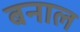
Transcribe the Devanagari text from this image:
बनाल